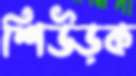
শিউড়ক